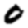
Digit: 0